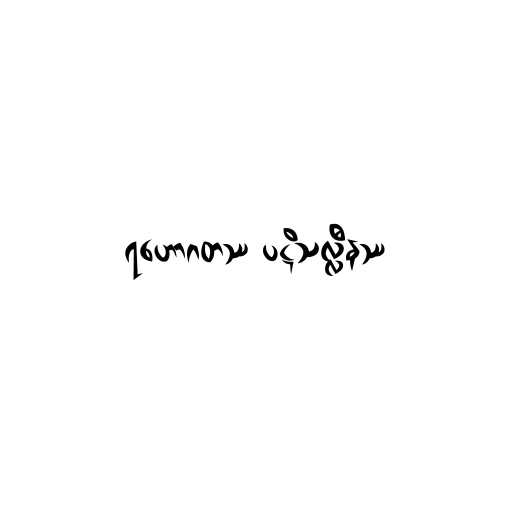
ရဟောဂတဿ ပဋိသလ္လီနဿ